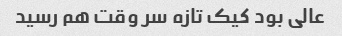
عالی بود کیک تازه سر وقت هم رسید